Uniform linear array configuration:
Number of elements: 48
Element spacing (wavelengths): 1
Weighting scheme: cosine
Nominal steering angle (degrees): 30
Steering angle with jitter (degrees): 28.619
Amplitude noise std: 0.05
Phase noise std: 0.05

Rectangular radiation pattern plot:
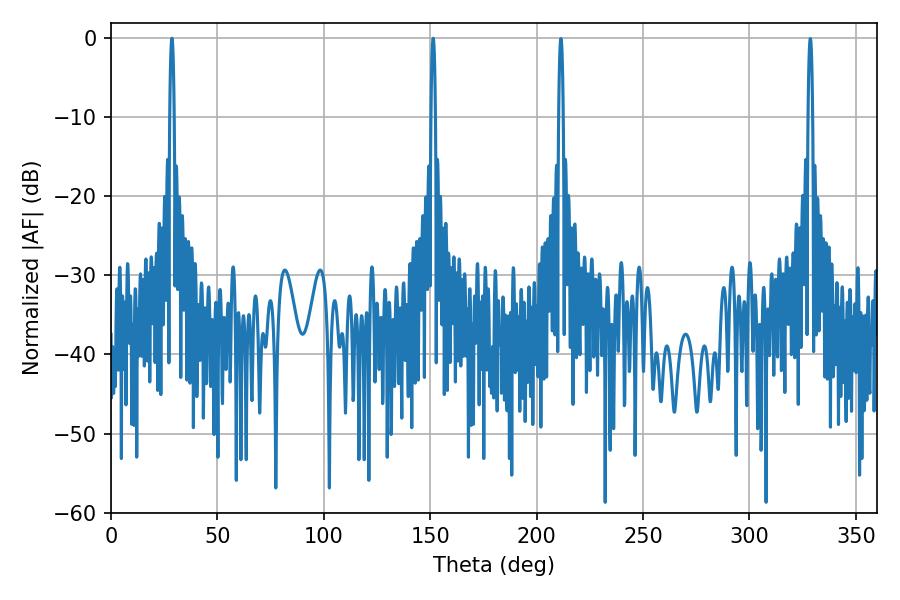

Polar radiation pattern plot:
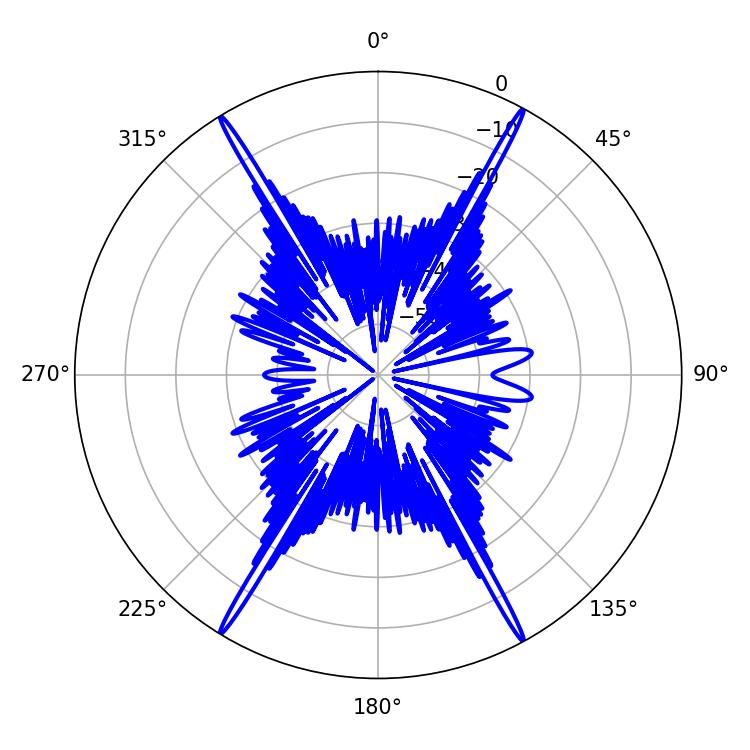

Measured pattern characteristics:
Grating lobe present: TRUE
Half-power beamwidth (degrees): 1.08
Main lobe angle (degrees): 28.62